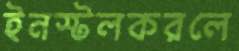
ইনস্টলকরলে